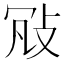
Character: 𢼐